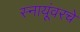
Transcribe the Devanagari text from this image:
स्नायूंवरचे